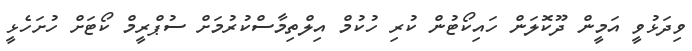
ވިދަޅުވީ އަމީން ދޫކޮލަން ހައިކޯޓުން ކުރި ހުކުމް އިލްތިމާސްކުރުމަށް ސުޕްރީމް ކޯޓަށް ހުށަހެޅީ